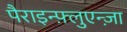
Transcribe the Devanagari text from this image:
पैराइन्फ़्लुएन्ज़ा